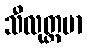
သီလုတ္တမာ